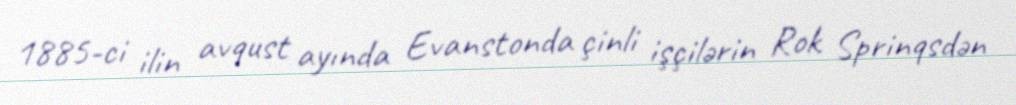
1885-ci ilin avqust ayında Evanstonda çinli işçilərin Rok Sprinqsdən